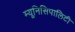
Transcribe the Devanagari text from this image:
म्यूनिसिपालिटी